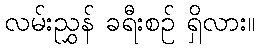
လမ်းညွှန် ခရီးစဉ် ရှိလား။